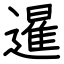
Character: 暹